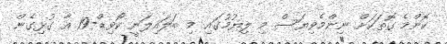
ކޮންމެ ގޮތަކަށް ނިންމެވިޔަސް މި ލިޔުމުގައި މި ބަލައިލަނީ ކޯވިޑް-19 އާ ގުޅިގެން